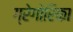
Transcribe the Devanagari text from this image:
ग्रेगोरिका